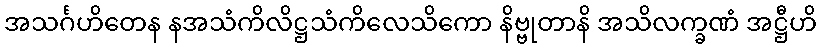
အသင်္ဂဟိတေန နအသံကိလိဋ္ဌသံကိလေသိကော နိဗ္ဗုတာနိ အသိလက္ခဏံ အဋ္ဌီဟိ